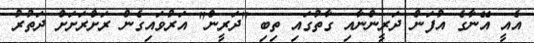
އެއީ އޭނާގެ އުފަން ދަރީންނާއި ގާތުގައި ތިބި "ދަރީން" އަރުވައިގެން ރަށްރަށަށް ދަތުރު